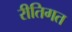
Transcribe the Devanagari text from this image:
रीतिगत